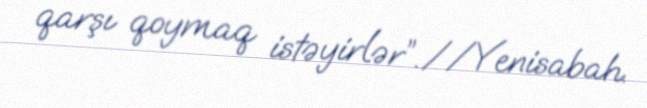
qarşı qoymaq istəyirlər”.//Yenisabah.